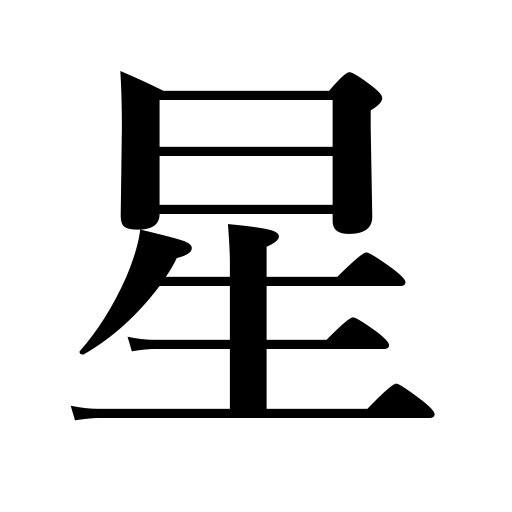
Meanings: score,star,mark,point,one's fortune,spot,bull's eye,dot